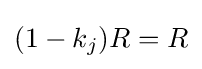
(1-k_{j})R=R